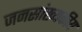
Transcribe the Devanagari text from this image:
जनसांख्यकीय